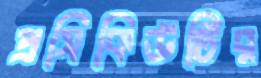
প্রসিকিউটির